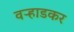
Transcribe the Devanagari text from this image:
वऱ्हाडकर